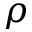
\rho